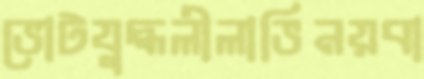
ভোটযুদ্ধলীলাভিনয়বা